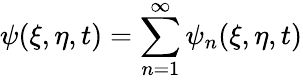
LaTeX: \psi(\xi,\eta,t)=\sum_{n=1}^{\infty}\psi_{n}(\xi,\eta,t)